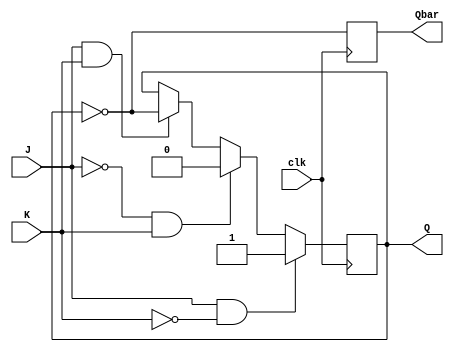
module jk_flip_flop (
    input J,
    input K,
    input clk,
    output reg Q,
    output reg Qbar
);

always @(posedge clk) begin
    if (J & ~K)
        Q <= 1;
    else if (~J & K)
        Q <= 0;
    else if (J & K)
        Q <= ~Q;
    
    Qbar <= ~Q;
end

endmodule